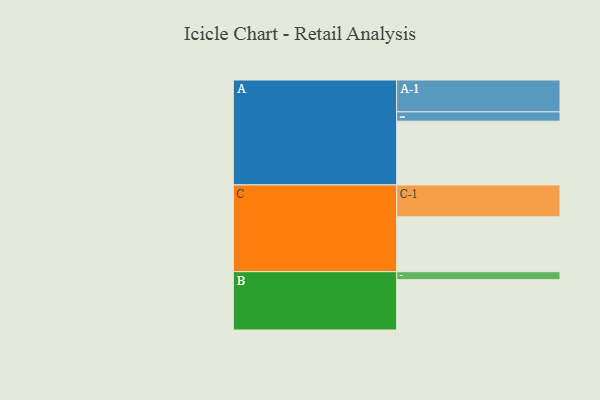
{"axis": {"x": "Segment", "y": "Value"}, "legend": ["", "A", "B", "C"], "data": [{"x": "A", "y": 550, "type": ""}, {"x": "B", "y": 434, "type": ""}, {"x": "C", "y": 473, "type": ""}, {"x": "A-1", "y": 275, "type": "A"}, {"x": "A-2", "y": 80, "type": "A"}, {"x": "B-1", "y": 69, "type": "B"}, {"x": "C-1", "y": 275, "type": "C"}]}